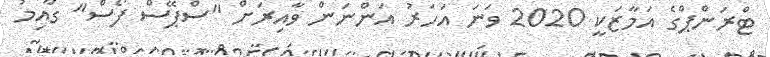
ޓްރަންޕްގެ އަމާޒަކީ 2020 ވަނަ އަހަރު އަންނަން ވާއިރަށް "ސްޕޭސް ފޯސް" ގާއިމު